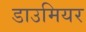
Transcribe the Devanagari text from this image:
डाउमियर